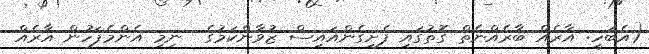
(އެބަހީ: އާރެއް ބާރެއްނެތް ގޮތުގައި ފެށިގެންއައިސް ޒުވާންކަމުގެ  ނިމި އެންމެފަހުން އާރެއް